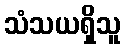
သံသယရှိသူ